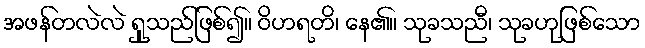
အဖန်တလဲလဲ ရှုသည်ဖြစ်၍။ ဝိဟရတိ၊ နေ၏။ သုခသညီ၊ သုခဟုဖြစ်သော